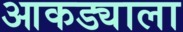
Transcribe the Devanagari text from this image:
आकड्याला